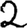
Digit: 2